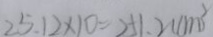
2 5 . 1 2 \times 1 0 = 2 5 1 . 2 ( c m ^ { 2 } )